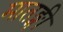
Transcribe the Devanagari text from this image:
मातङ्गी